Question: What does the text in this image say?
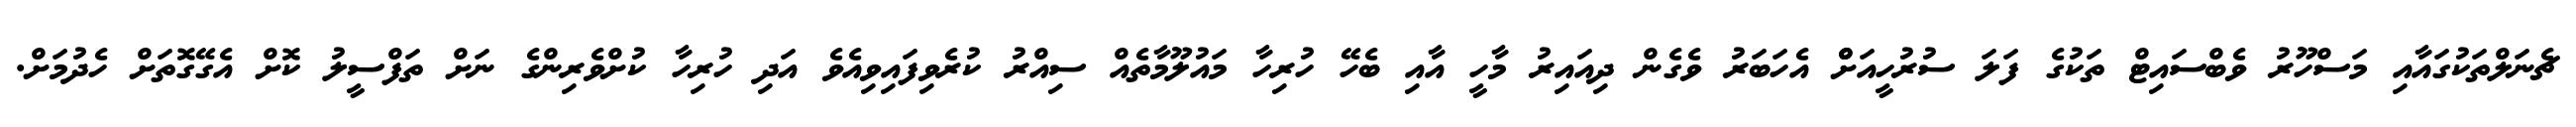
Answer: ޗެނަލްތަކުގައާއި މަސްހޫރު ވެބްސައިޓް ތަކުގެ ފަލަ ސުރުހީއަށްް އެހަބަރު ވެގެން ދިއައިރު މާހީ އާއި ބެހޭ ހުރިހާ މައުލޫމާތެއް ސިއްރު ކުރެވިފައިވިއެވެ އަދި ހުރިހާ ކުށްވެރިންގެ ނަށް ތަފްސީލު ކޮށް އެގޭގޮތަށް ހެދުމަށް.